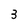
Character: 3